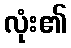
လုံး၏